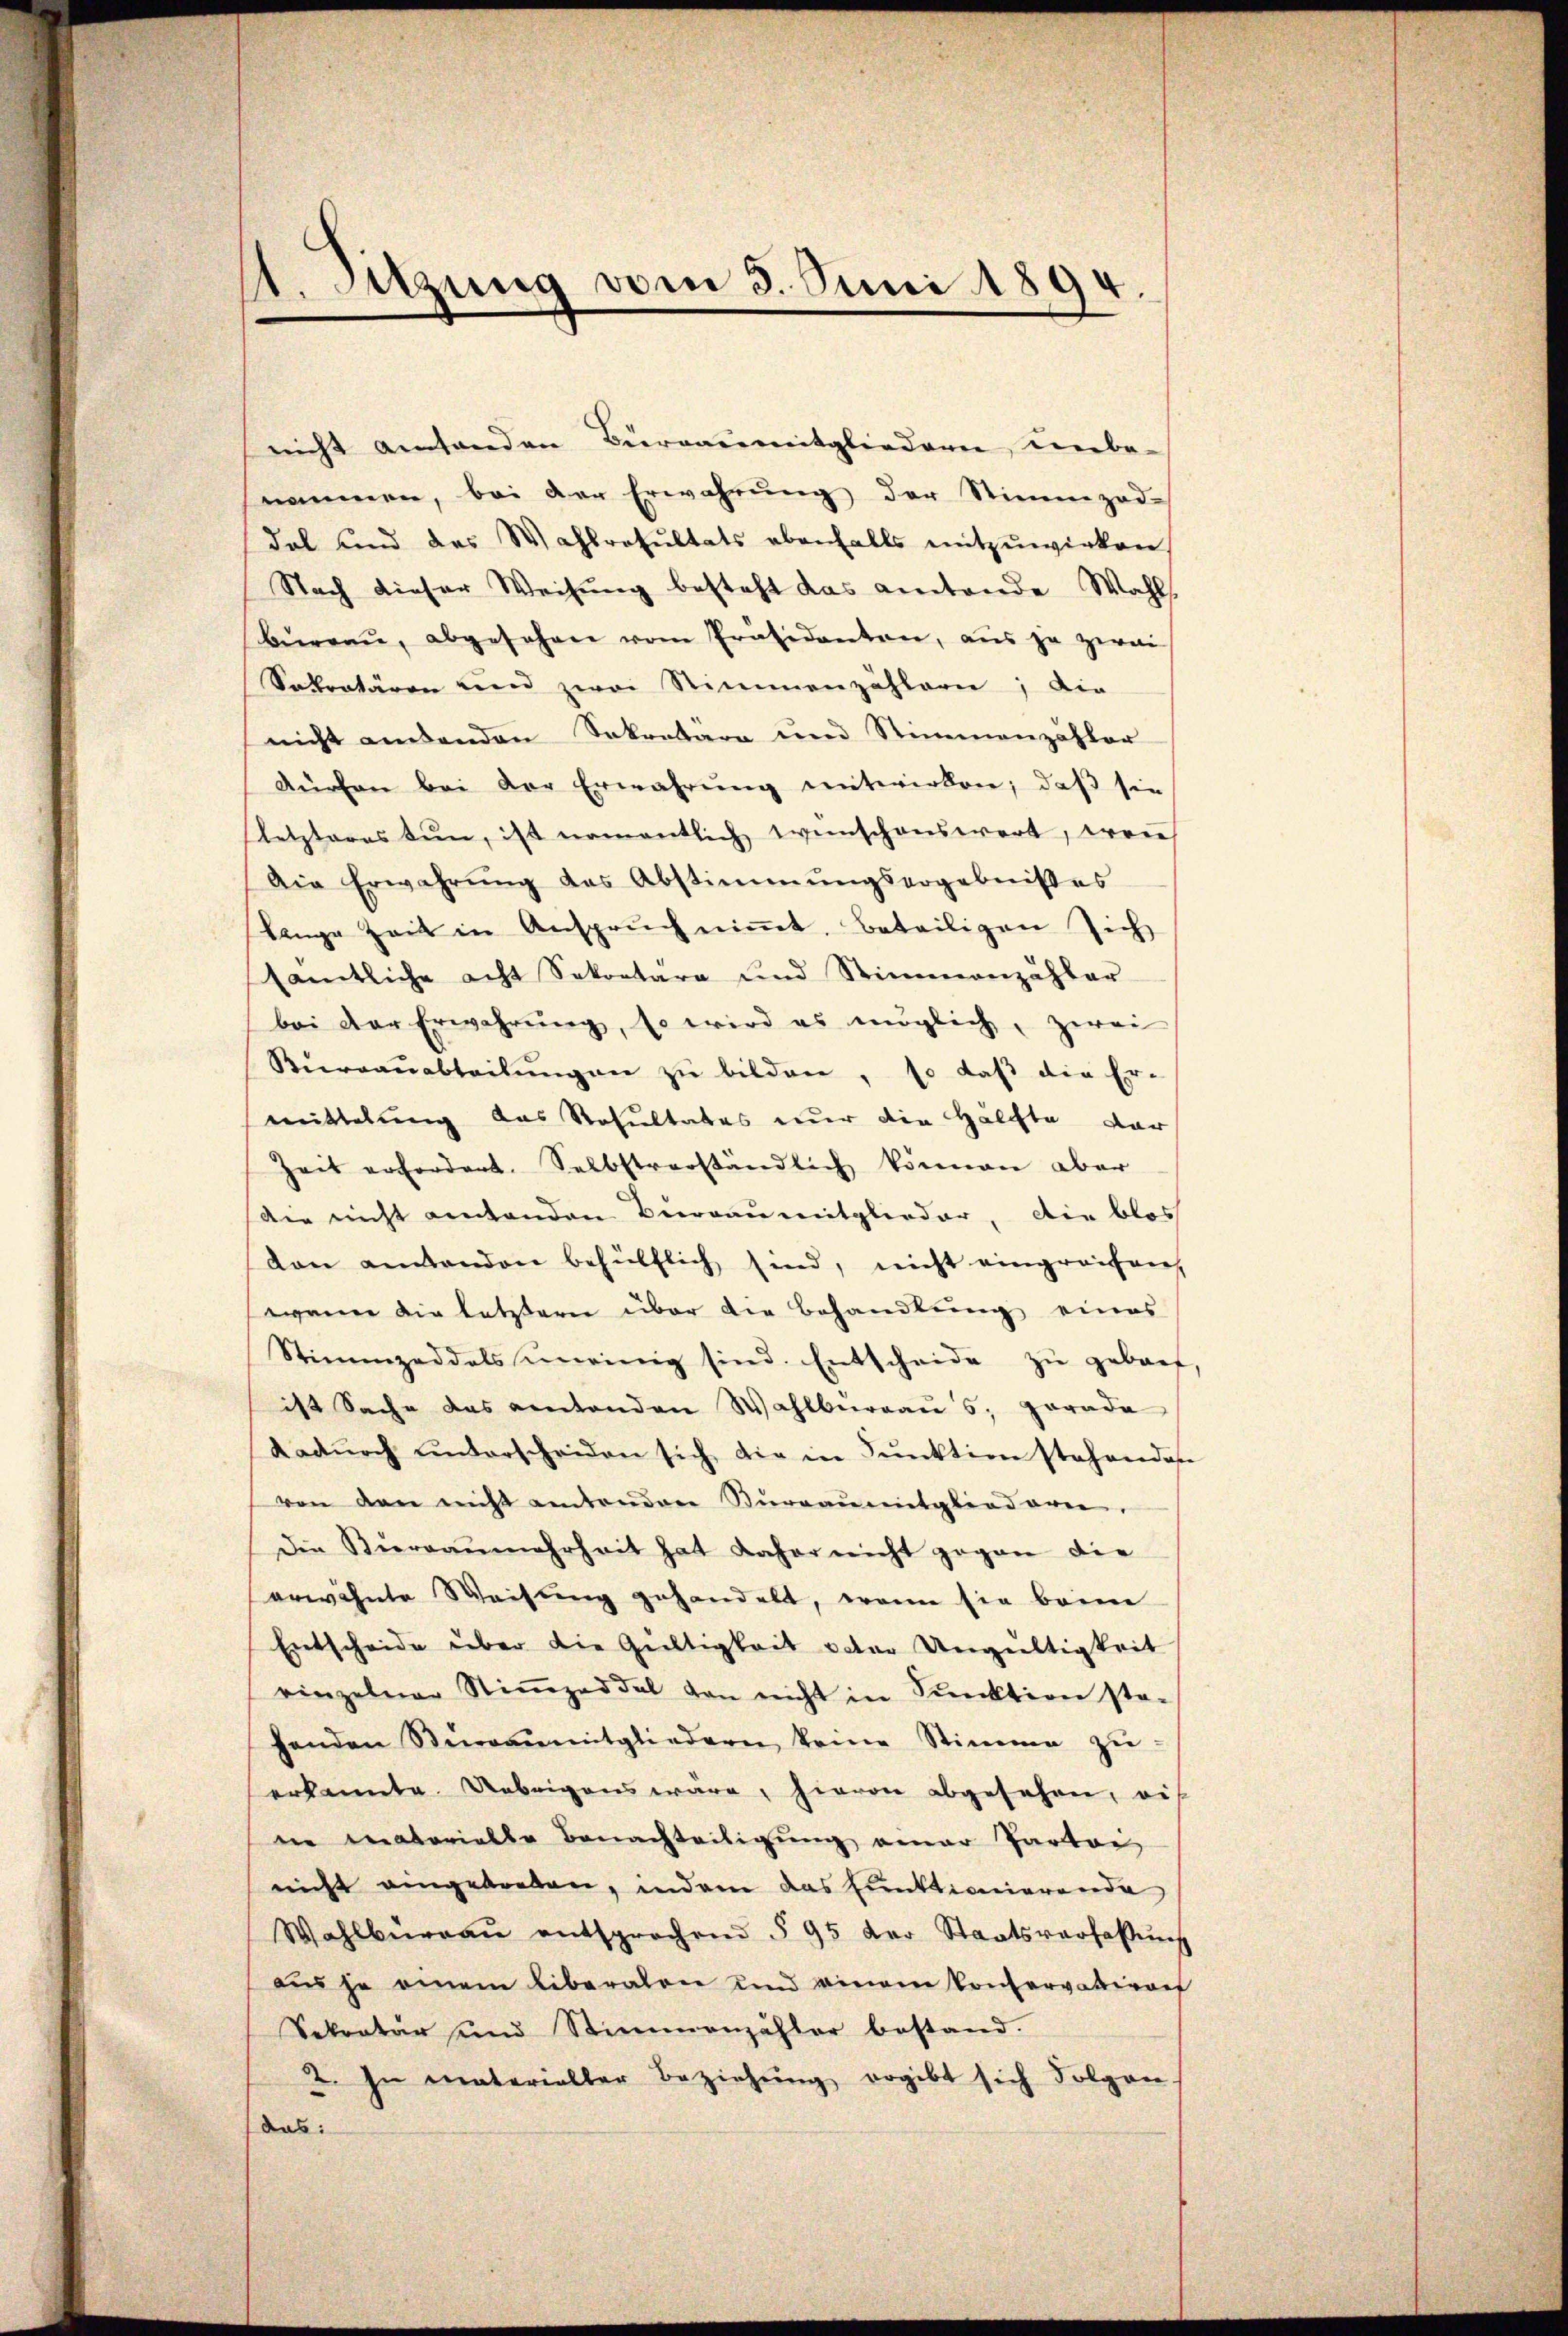
1. Setzung vom 3. Juni 1894.

nicht amtanden Büreausmitgliedern unbe-
nommen, bei der Erwährung der Stimmzod-
dal und das Wahlresŭltats ebenfalls mitzuwirken
Nach dieser Weisŭng besteht das eitende Wahls
büreau, abgesehen vom Präsidenten, aus ja zwei
Sekretären und zwei Stimmenzählern; die
nicht andenden Sekretäre und Stimmenzähler
Fürchen bei der Erwährŭng mitwirken, daβ sie
letzteres tun, ist namentlich weischenswert, errie
Die Erwahrŭng das Abstimmungsergebnißes
lange Zeit in Ansprŭch niṁt, Beteiligen sich
sämtliche acht Sekretara und Stimmenzähler
bei der Erwahrŭng, so wird es möglich, zwei
Bierrauabteilŭngen zu bilden, so daß die Er-
mittelung das Resultates nur die Hälchte dar
Zeit erfordert. Selbstverständlich können aber
Die nicht entenden Berau mitglieder, die blos
von antenden behülflich sind, nicht eingreifen
wann die letztern über die Behandlung eines
Stimmzeddels meinig sind. Entscheide zŭ gebauf
ist Sache das eintenden Wahlburgaus, parada
Kadŭrch unterscheiden sich die in Pŭnktion stehenden
von den nicht eitenden Stŭrgaŭmitgliedern,
Die Büreaŭmehrheit hat daher nicht gegen die
erwähnte Weisung gehandelt, wenn sie beim
Entscheide über die Gültigkeit veter Ungültigkeit
einzelner Stiṁzeddel von nicht in Sektion ste-
fenden Steaŭmitgliedern keine Stimme zŭ
erkannte. Uebrigens wäre, hievon abgesehen, auf
ne materialbe Benachteiligung einer Partei-
nicht angetreten, indem das Einktionierende
Wahlbüreaŭ entsprochend § 95 der Staatsverfassŭng
as je einem liberalen und einem Conservativor
Sekretär und Stimmenzähler bestand.
2. In materialler Beziehŭng ergibt sich Folgen.
das: